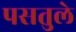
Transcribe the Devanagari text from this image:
पसतुले